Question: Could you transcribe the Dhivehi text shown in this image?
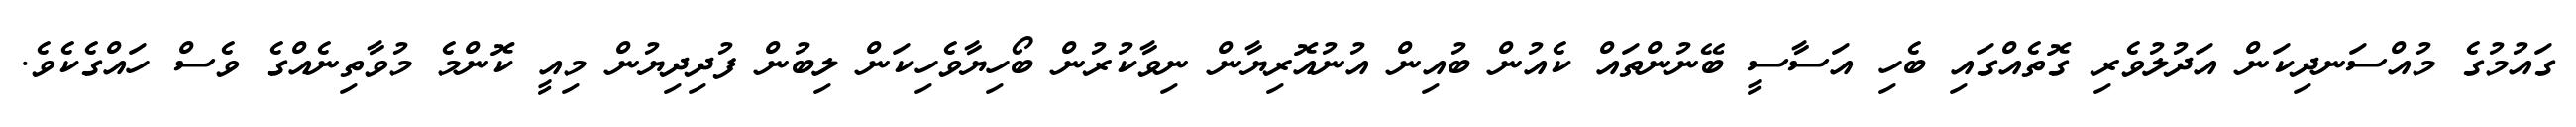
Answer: ގައުމުގެ މުއްސަނދިކަން އަދުލުވެރި ގޮތެއްގައި ބެހި އަސާސީ ބޭނުންތައް ކެއުން ބުއިން އުނުއޮރިޔާން ނިވާކުރުން ބޯހިޔާވެހިކަން ލިބުން ފުދިދިޔުން މިއީ ކޮންމެ މުވާތިނެއްގެ ވެސް ހައްގެކެވެ.